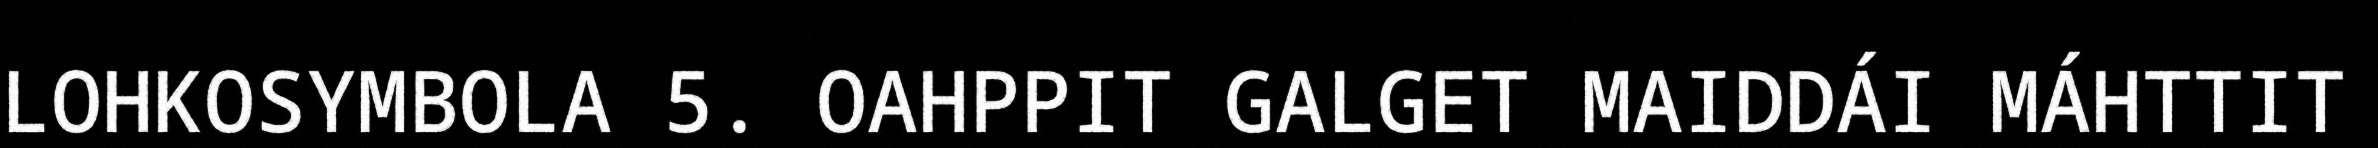
LOHKOSYMBOLA 5. OAHPPIT GALGET MAIDDÁI MÁHTTIT